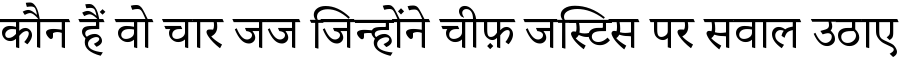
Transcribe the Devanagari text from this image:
कौन हैं वो चार जज जिन्होंने चीफ़ जस्टिस पर सवाल उठाए